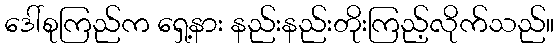
ဒေါ်စုကြည်က ရှေ့နား နည်းနည်းတိုးကြည့်လိုက်သည်။